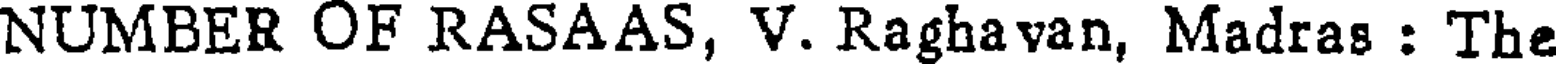
NUMBER OF RASAAS, V. Raghavan, Madras : The